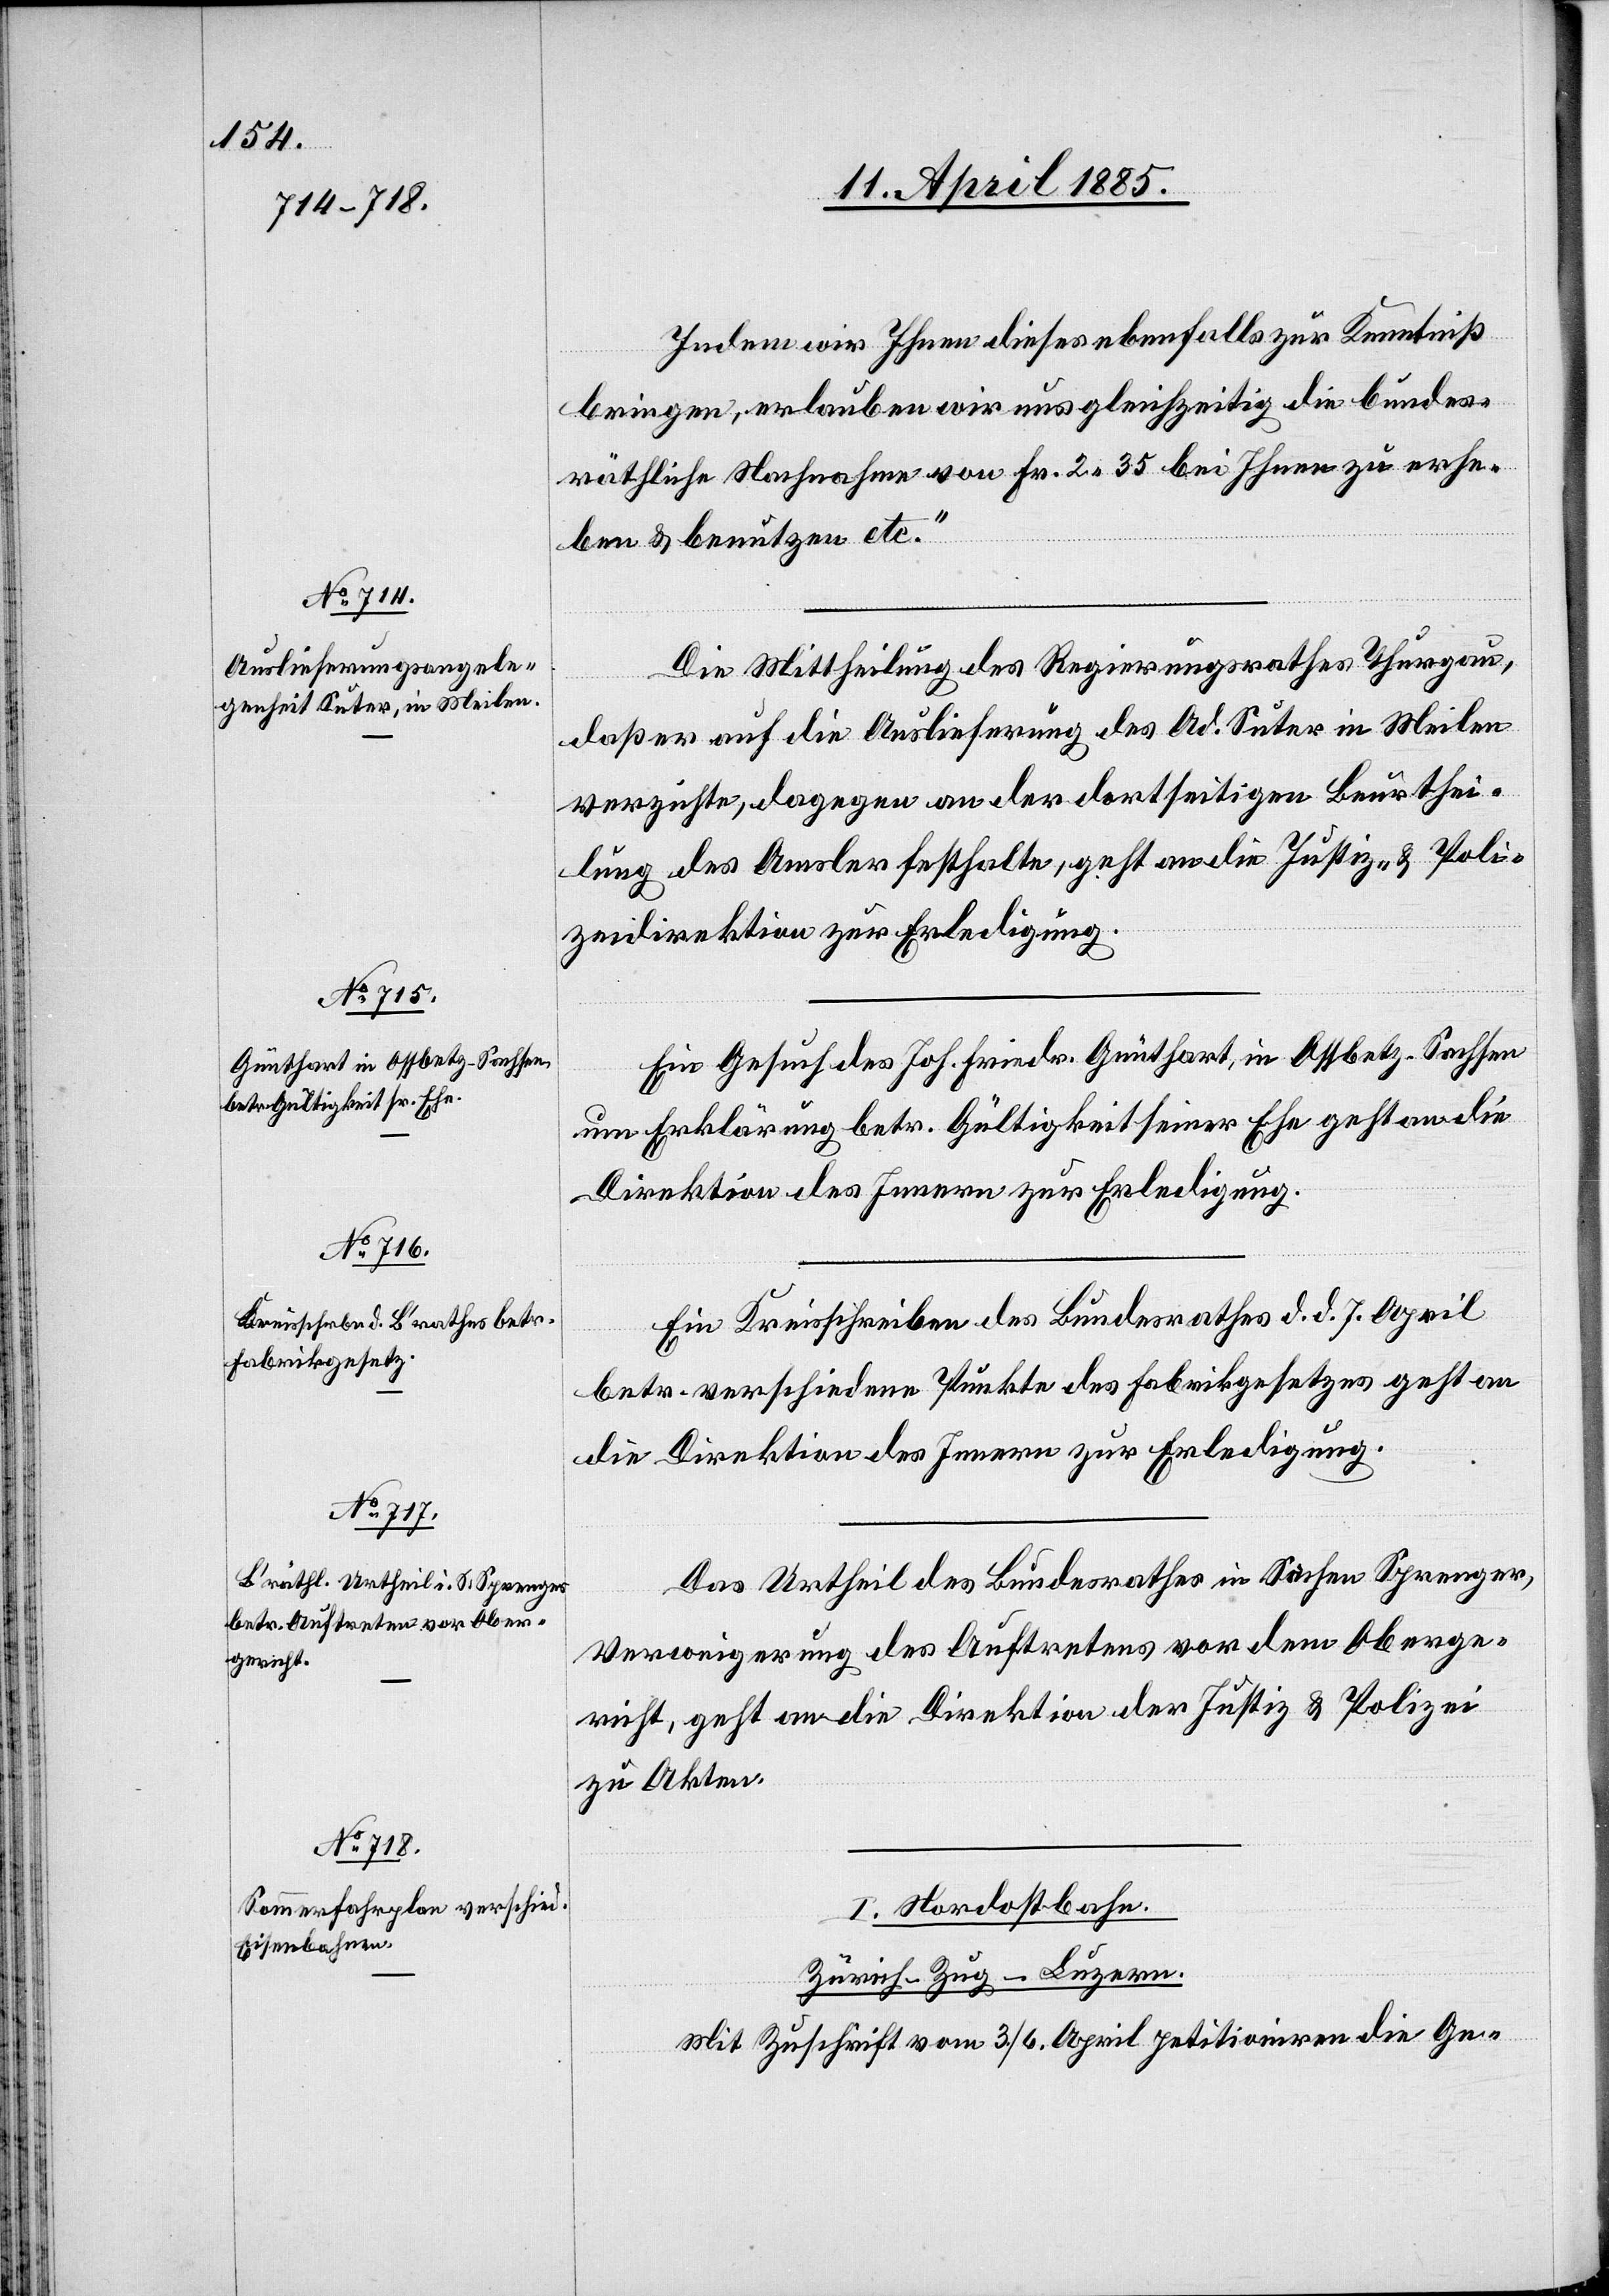
14. April 1885.]
Indem wir Ihnen dieses ebenfalls zur Kenntniß
bringen, erlauben wir uns gleichzeitig die bundes¬
räthliche Nachnahme von Fr. 2 35 bei Ihnen zu erhe¬
ben & benutzen etc.“
Die Mittheilung des Regierungsrathes Thurgau,
daß er auf die Auslieferung des Ad. Suter in Meilen
verzichte, dagegen an der dortseitigen Beurthei¬
lung des Amsler festhalte, geht an die Justiz- & Poli¬
zeidirektion zur Erledigung.
Ein Gesuch des Joh. Friedr. Günthart, in Ossbetz - Sachsen
um Erklärung betr. Gültigkeit seiner Ehe geht an die
Direktion des Innern zur Erledigung.
Ein Kreisschreiben des Bundesrathes d. d. 7. April
betr. verschiedene Punkte des Fabrikgesetzes geht an
die Direktion des Innern zur Erledigung.
Das Urtheil des Bundesrathes in Sachen Sprenger,
Verweigerung des Auftretens vor dem Oberge¬
richt, geht an die Direktion der Justiz & Polizei
zu Akten.
I. Nordostbahn.
Zürich–Zug–Luzern.
Mit Zuschrift vom 3./6. April petitioniren die Ge-